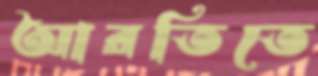
আরতিতে